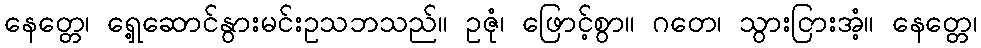
နေတ္တေ၊ ရှေ့ဆောင်နွားမင်းဥသဘသည်။ ဥဇုံ၊ ဖြောင့်စွာ။ ဂတေ၊ သွားငြားအံ့။ နေတ္တေ၊